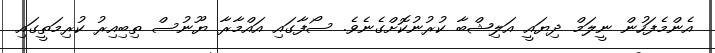
އެންމެފަހުން ނީލަމް ދިޔައީ އަލިޝްބާ ކުރުނުކޮށްގެނެވެ. ސޯފާގައި އައްމާރާ ޔޫނުސް ތިބިއިރު ކުރިމަތީގައި